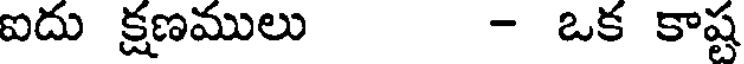
ఐదు క్షణములు - ఒక కాష్ట